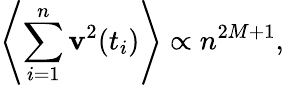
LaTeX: \left<\sum_{i=1}^{n}\mathbf{v}^{2}(t_{i})\right>\propto n^{2M+1},